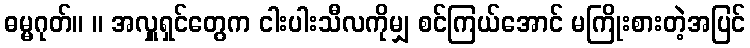
ဓမ္မဂုတ်။ ။ အလှူရှင်တွေက ငါးပါးသီလကိုမျှ စင်ကြယ်အောင် မကြိုးစားတဲ့အပြင်